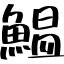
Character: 鰛